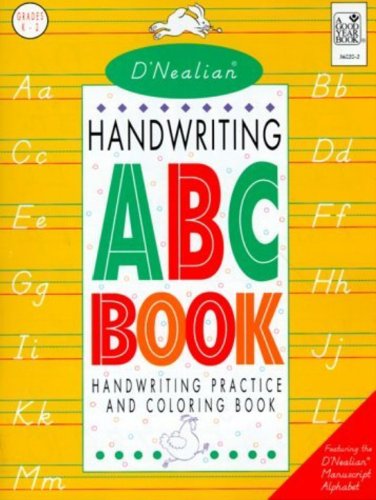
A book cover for D'Nealian Handwriting ABC Book: Handwriting Practice and Coloring Book, Grades K-2; Donald N.Thurber; Reference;